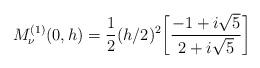
LaTeX: \begin{align*}M^{(1)}_{\nu}(0,h)=\frac{1}{2}(h/2)^2\bigg[\frac{-1+i\sqrt{5}}{2+i\sqrt{5}}\bigg] \end{align*}